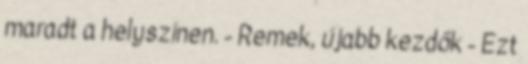
maradt a helyszínen. - Remek, újabb kezdők - Ezt